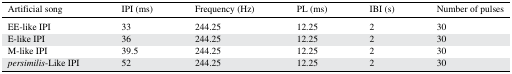
<table><thead><tr><td><b>Artificial song</b></td><td><b>IPI (ms)</b></td><td><b>Frequency (Hz)</b></td><td><b>PL (ms)</b></td><td><b>IBI (s)</b></td><td><b>Number of pulses</b></td></tr></thead><tbody><tr><td>EE-like IPI</td><td>33</td><td>244.25</td><td>12.25</td><td>2</td><td>30</td></tr><tr><td>E-like IPI</td><td>36</td><td>244.25</td><td>12.25</td><td>2</td><td>30</td></tr><tr><td>M-like IPI</td><td>39.5</td><td>244.25</td><td>12.25</td><td>2</td><td>30</td></tr><tr><td><i>persimilis</i>-Like IPI</td><td>52</td><td>244.25</td><td>12.25</td><td>2</td><td>30</td></tr></tbody></table>